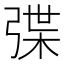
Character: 弽